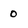
Character: 0